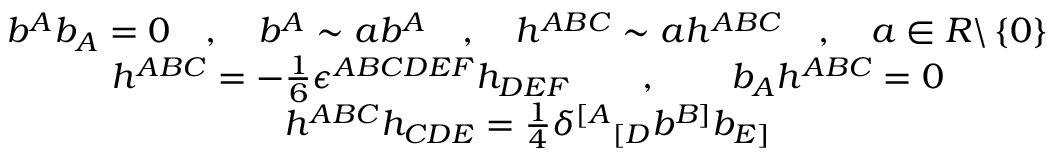
\begin{array} { c } { { b ^ { A } b _ { A } = 0 \quad , \quad b ^ { A } \sim a b ^ { A } \quad , \quad h ^ { A B C } \sim a h ^ { A B C } \quad , \quad a \in R \backslash \left\{ 0 \right\} } } \\ { { h ^ { A B C } = - \frac 1 6 \epsilon ^ { A B C D E F } h _ { D E F } \qquad , \qquad b _ { A } h ^ { A B C } = 0 } } \\ { { h ^ { A B C } h _ { C D E } = \frac 1 4 \delta ^ { [ A } { } _ { [ D } b ^ { B ] } b _ { E ] } } } \end{array}